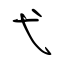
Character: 弋